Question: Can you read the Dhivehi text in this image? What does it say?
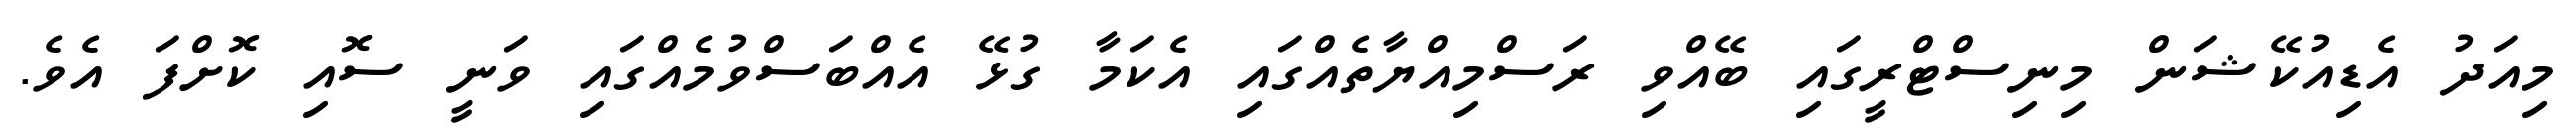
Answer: މިއަދު އެޑިއުކޭޝަން މިނިސްޓްރީގައި ބޭއްވި ރަސްމިއްޔާތެއްގައި އެކަމާ ގުޅޭ އެއްބަސްވުމެއްގައި ވަނީ ސޮއި ކޮށްފަ އެވެ.